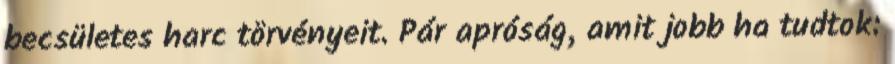
becsületes harc törvényeit. Pár apróság, amit jobb ha tudtok: